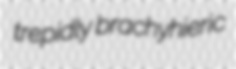
trepidly brachyhieric